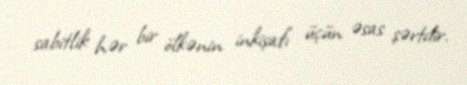
sabitlik hər bir ölkənin inkişafı üçün əsas şərtdir.